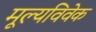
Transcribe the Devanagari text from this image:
मूल्यविवेक